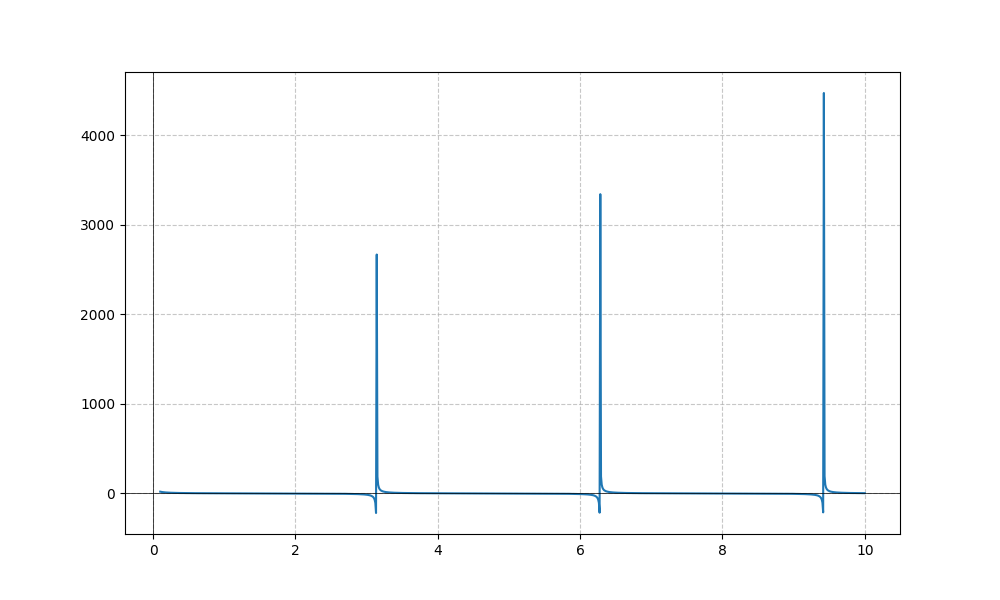
LaTeX formula: 2 \cot{\left(x \right)}